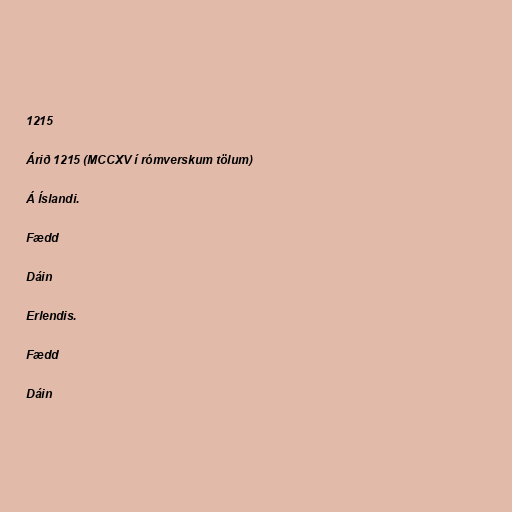
1215

Árið 1215 (MCCXV í rómverskum tölum)

Á Íslandi.

Fædd

Dáin

Erlendis.

Fædd

Dáin